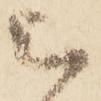
被